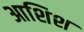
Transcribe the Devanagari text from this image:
आशिश